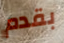
بقدم